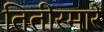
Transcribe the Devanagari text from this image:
तितीरमारे